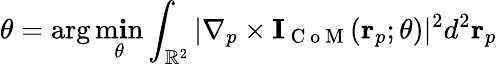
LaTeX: \theta=\arg\operatorname*{m\mathbf{i}n}_{\theta}\int_{\mathbb{{R}}^{2}}|\nabla_{p}\times\mathbf{{I}}_{\mathrm{{~C~o~M~}}}(\mathbf{{r}}_{p};\theta)|^{2}d^{2}\mathbf{{r}}_{p}